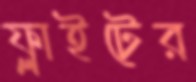
ফ্লাইটের